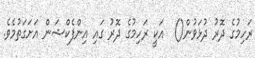
ރަހިމުގެ ދޮރު ދުޅަވުން()  އަކީ ރަހިމުގެ ދޮރު ގައި އިންފެކްޝަން އަށަގަތުމެވެ.